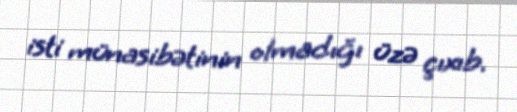
isti münasibətinin olmadığı üzə çıxıb.